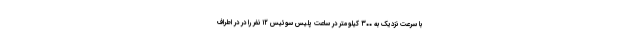
با سرعت نزدیک به ۳۰۰ کیلومتر در ساعت پلیس سوئيس ۱۲ نفر را در در اطراف